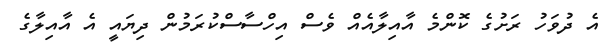
އެ ދުވަހު ރަށުގެ ކޮންމެ އާއިލާއެއް ވެސް އިހްސާސްކުރަމުން ދިޔައީ އެ އާއިލާގެ